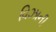
વિઝાની